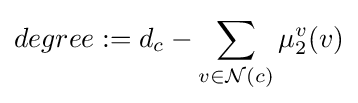
degree:=d_{c}-\sum _{v\in {\mathcal {N}}(c)}{\mu _{2}^{v}(v)}